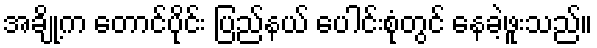
အချို့က တောင်ပိုင်း ပြည်နယ် ပေါင်းစုံတွင် နေခဲ့ဖူးသည်။